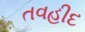
તવહીદ